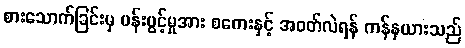
စားသောက်ခြင်းမှ ပန်းပွင့်မှုအား စကေးနှင့် အဝတ်လဲရန် ကန်နယားသည်